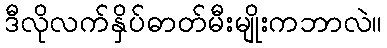
ဒီလိုလက်နှိပ်ဓာတ်မီးမျိုးကဘာလဲ။